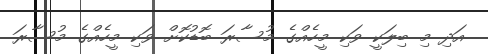
އަދި މި ބިލަކީ ވަކި މީހެއްގެ މުސާރަ ބޮޑުކޮށް ވަކި މީހެއްގެ މުސާރަ